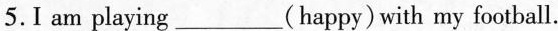
5.I am playing___(happy) with my football.